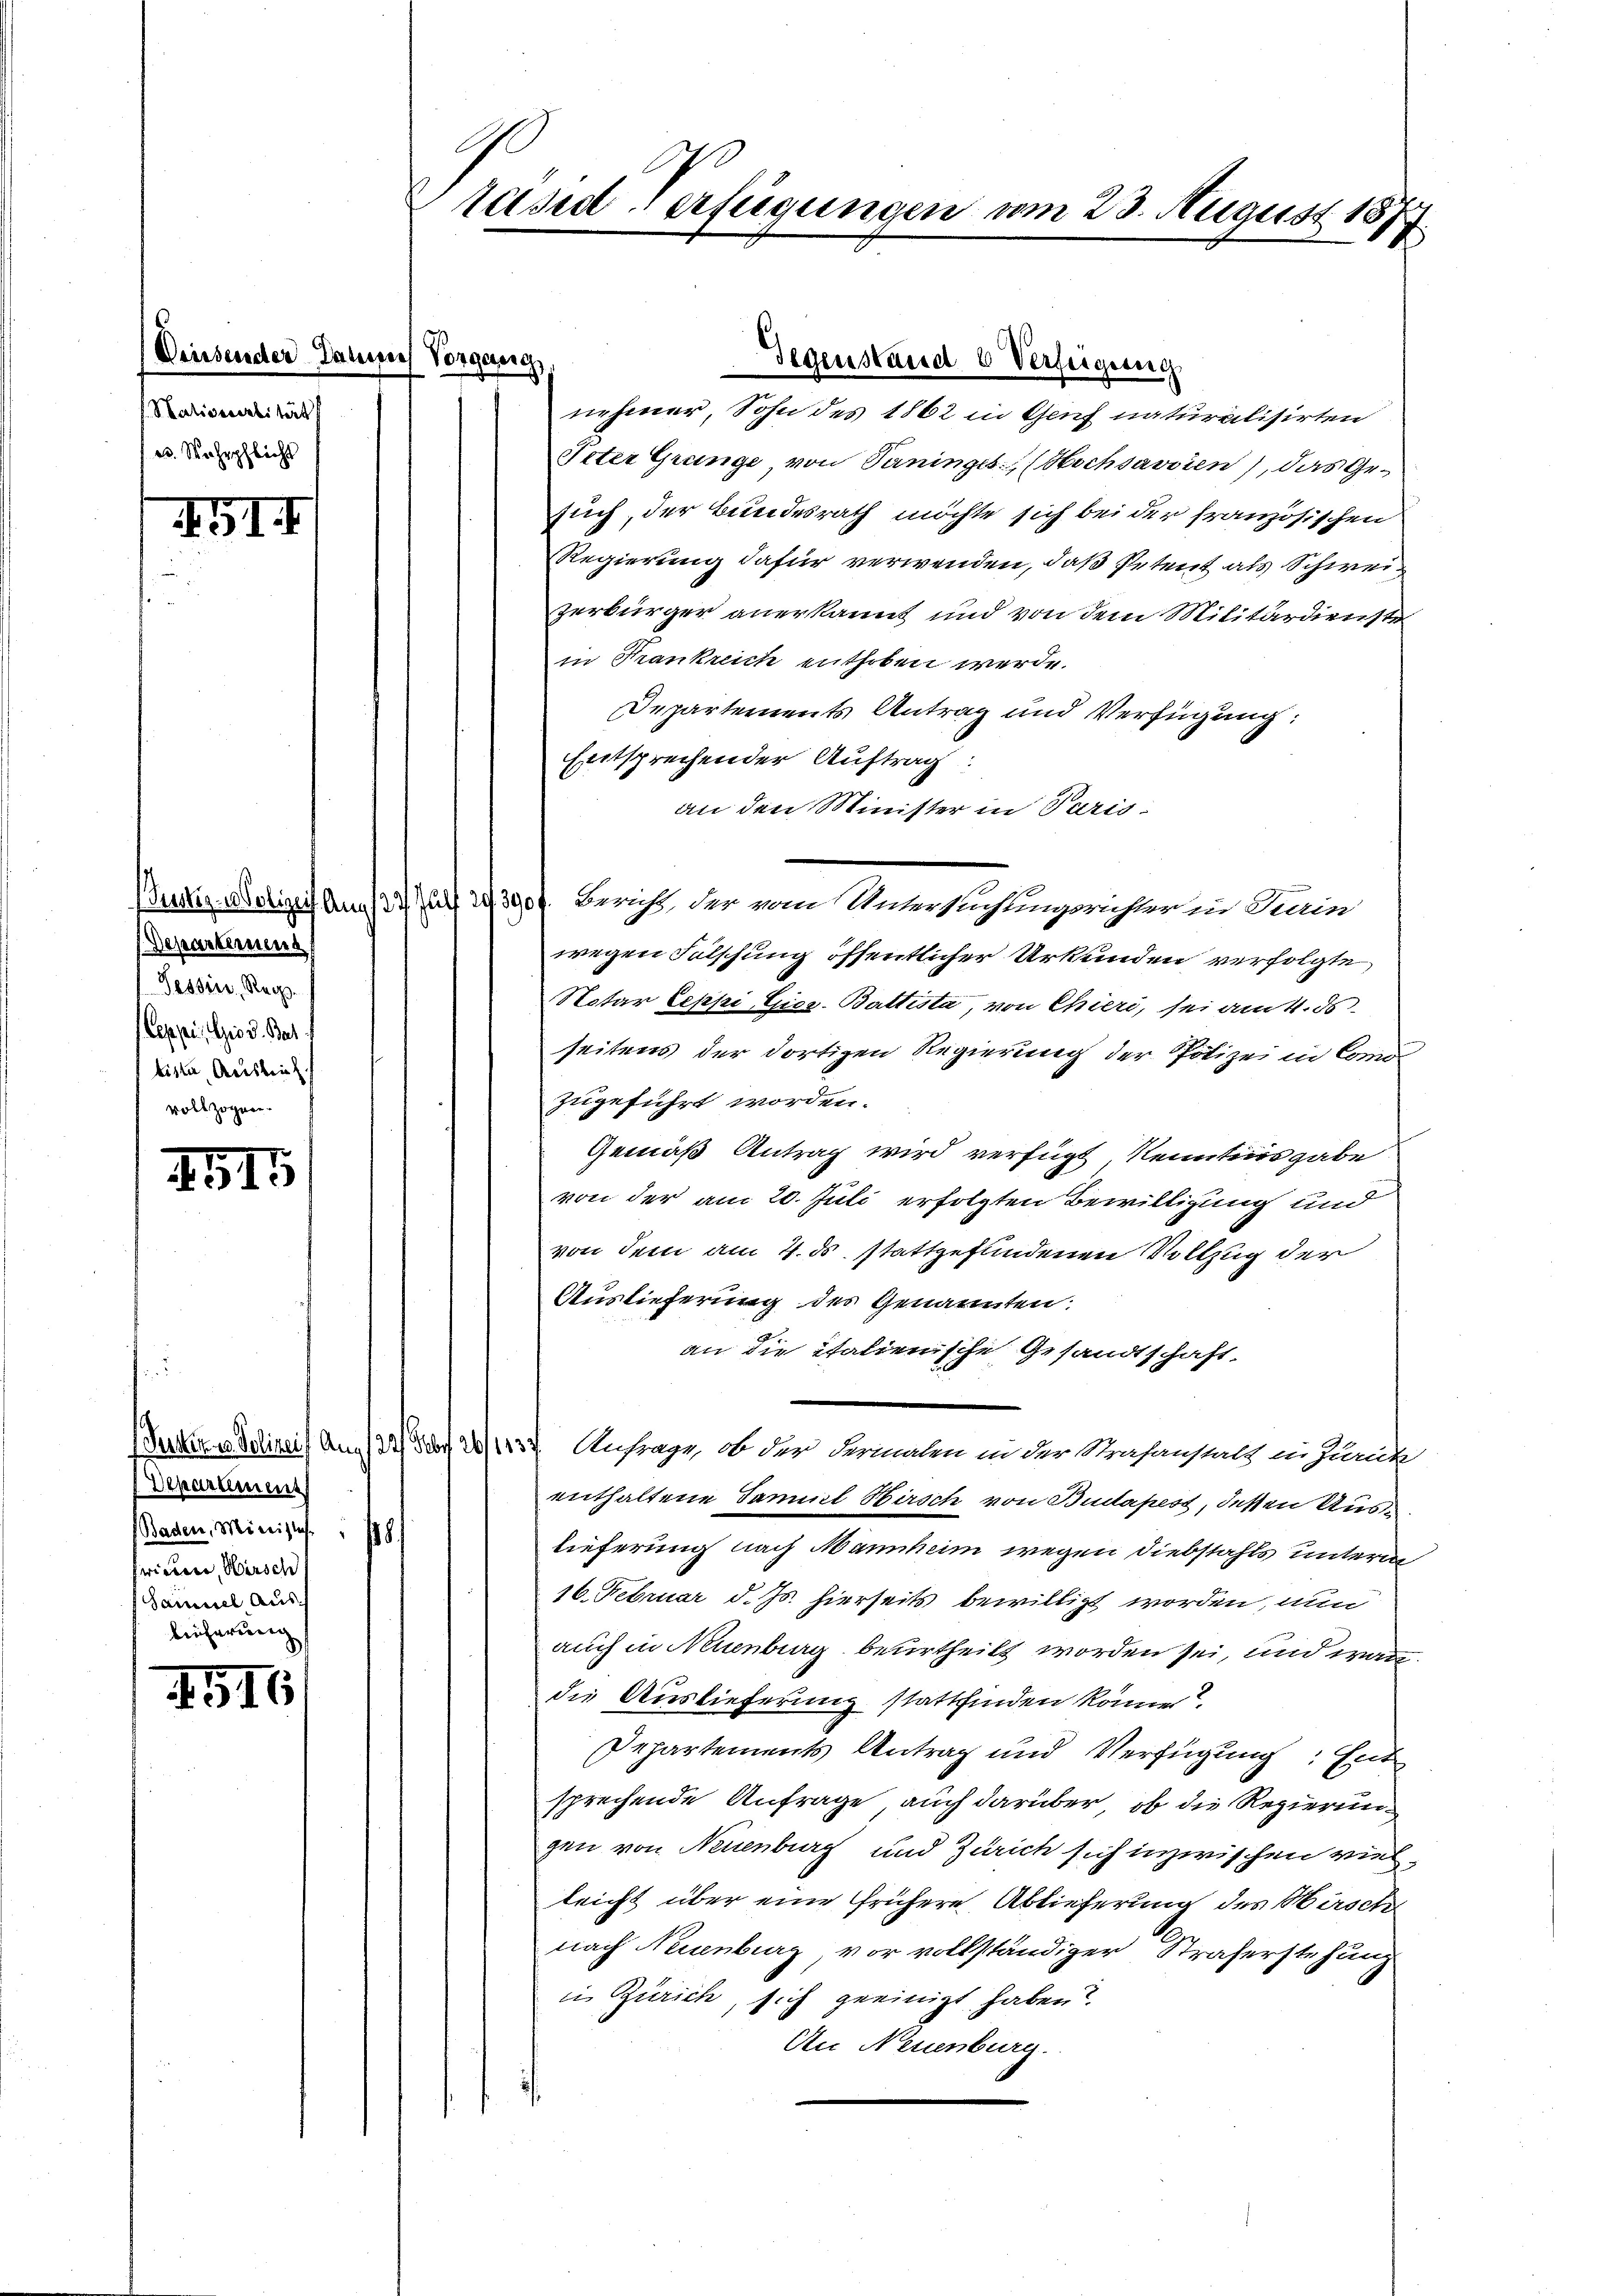
. Statissersität
e. Wahrspflicht

451.

Justiz - Polizei Ang
Departemeng
Tessin, Reg
Ceppis Rio d. Bat
tiste Auslief
vollzogen.

4515

Departement
Baden, Ministes 18.
fwiterer, Wirsch
Samuel Auslicherung

1516

Diesender Daumes Vorgang,

A
räsiderfügungen vom 23. August 1873
x

nehmer, Sohn des 1862 in Genf naturalisirten
Veter Grunge, von Saninges (Hochsavvien), das Gesuch, der Bundesrath möchte sich bei der französischen
RRegierung dafür verwenden, daß Petent als Schweizerbürger anerkannt und von dem Militärdienste
in Frankreich enthoben werde.
Departements Antrag und Verfügung:
Entsprechender Auftrag:
an den Minister in Paris
wegen Fälschung öffentlicher Urkunden verfolgte,
Notar Leppi Gies-Baltista, von Chieri, sei am 4. ds
seitens der dortigen Regierung der Polizei in Como
zugeführt worden.
Gemäß Antrag wird verfügt Kenntnisgabe
von der am 20. Juli erfolgten Bewilligung und
von dem am 4. ds. stattgefundenen Vollzug der
Auslieferung des Genannten:
an die italienische Gesandtschaft.
Jukere Polizei) An 122) Der 28/1137 Anfrage, ob der Formalen in der Strafanstalt in Zuruk
enthaltene Samuel Hirsch von Budapest, dessen Auslieferung nach Mannheim wegen Diebstahls unterm
16. Februar d. Js. hierseits bewilligt worden, nun
auch in Neuenburg beurtheilt worden sei, und wandie Auslieferung stattfinden könne?
Departements Antrag und Verfügung. Ent
sprechende Anfrage auch darüber, ob die Regierungen von Neuenburg und Zürich sich inzwischen viel
leicht über eine frühere Ablieferung des Hirsch
nach Neuenburg vor vollständiger Straferstehung
in Zürich, sich geeinigt haben?
An Neuenburg.

Gegenstand 6 Verfeigung

Die Bericht, der vom Untersuchungsrichter in Turin